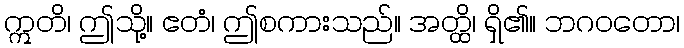
ဣတိ၊ ဤသို့။ ဧတံ၊ ဤစကားသည်။ အတ္ထိ၊ ရှိ၏။ ဘဂဝတော၊